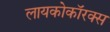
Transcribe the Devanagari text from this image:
लायकोकॉरक्स